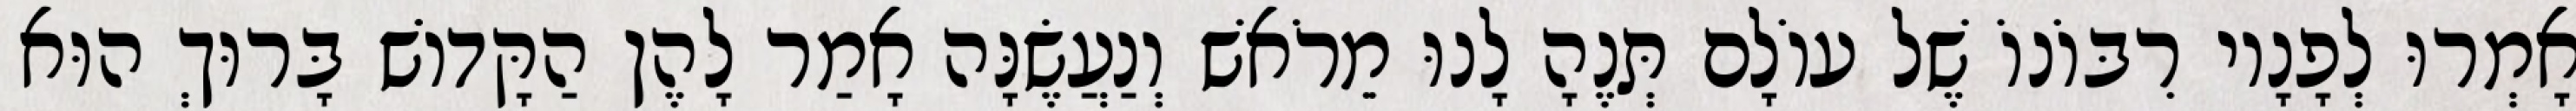
אָמְרוּ לְפָנָיו רִבּוֹנוֹ שֶׁל עוֹלָם תְּנֶהָ לָנוּ מֵרֹאשׁ וְנַעֲשֶׂנָּה אָמַר לָהֶן הַקָּדוֹשׁ בָּרוּךְ הוּא